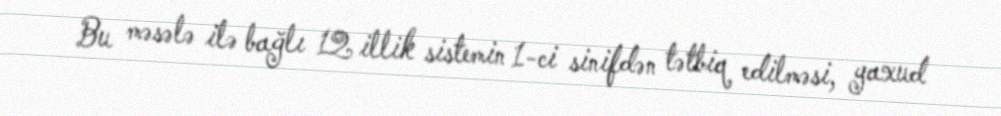
Bu məsələ ilə bağlı 12 illik sistemin 1-ci sinifdən tətbiq edilməsi, yaxud